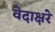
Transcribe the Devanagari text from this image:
वेदाक्षरे